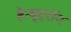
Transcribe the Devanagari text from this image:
हैन्यूट्रॉन